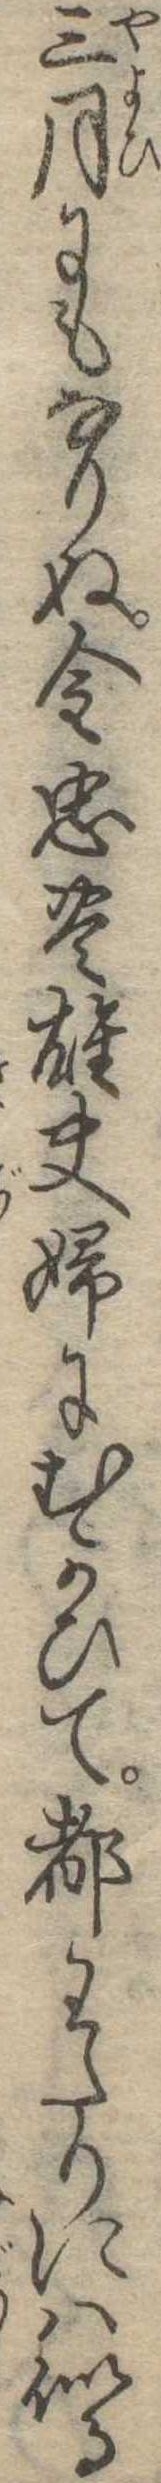
三月にもなりぬ金忠豊雄夫婦にむかひて都わたりには似る